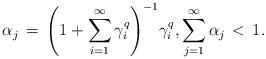
LaTeX: \begin{align*}\alpha_j \,=\, \Bigg( 1 + \sum_{i = 1}^\infty \gamma_i^q\Bigg)^{-1} \gamma_i^q, \sum_{j = 1}^\infty \alpha_j \,<\, 1.\end{align*}